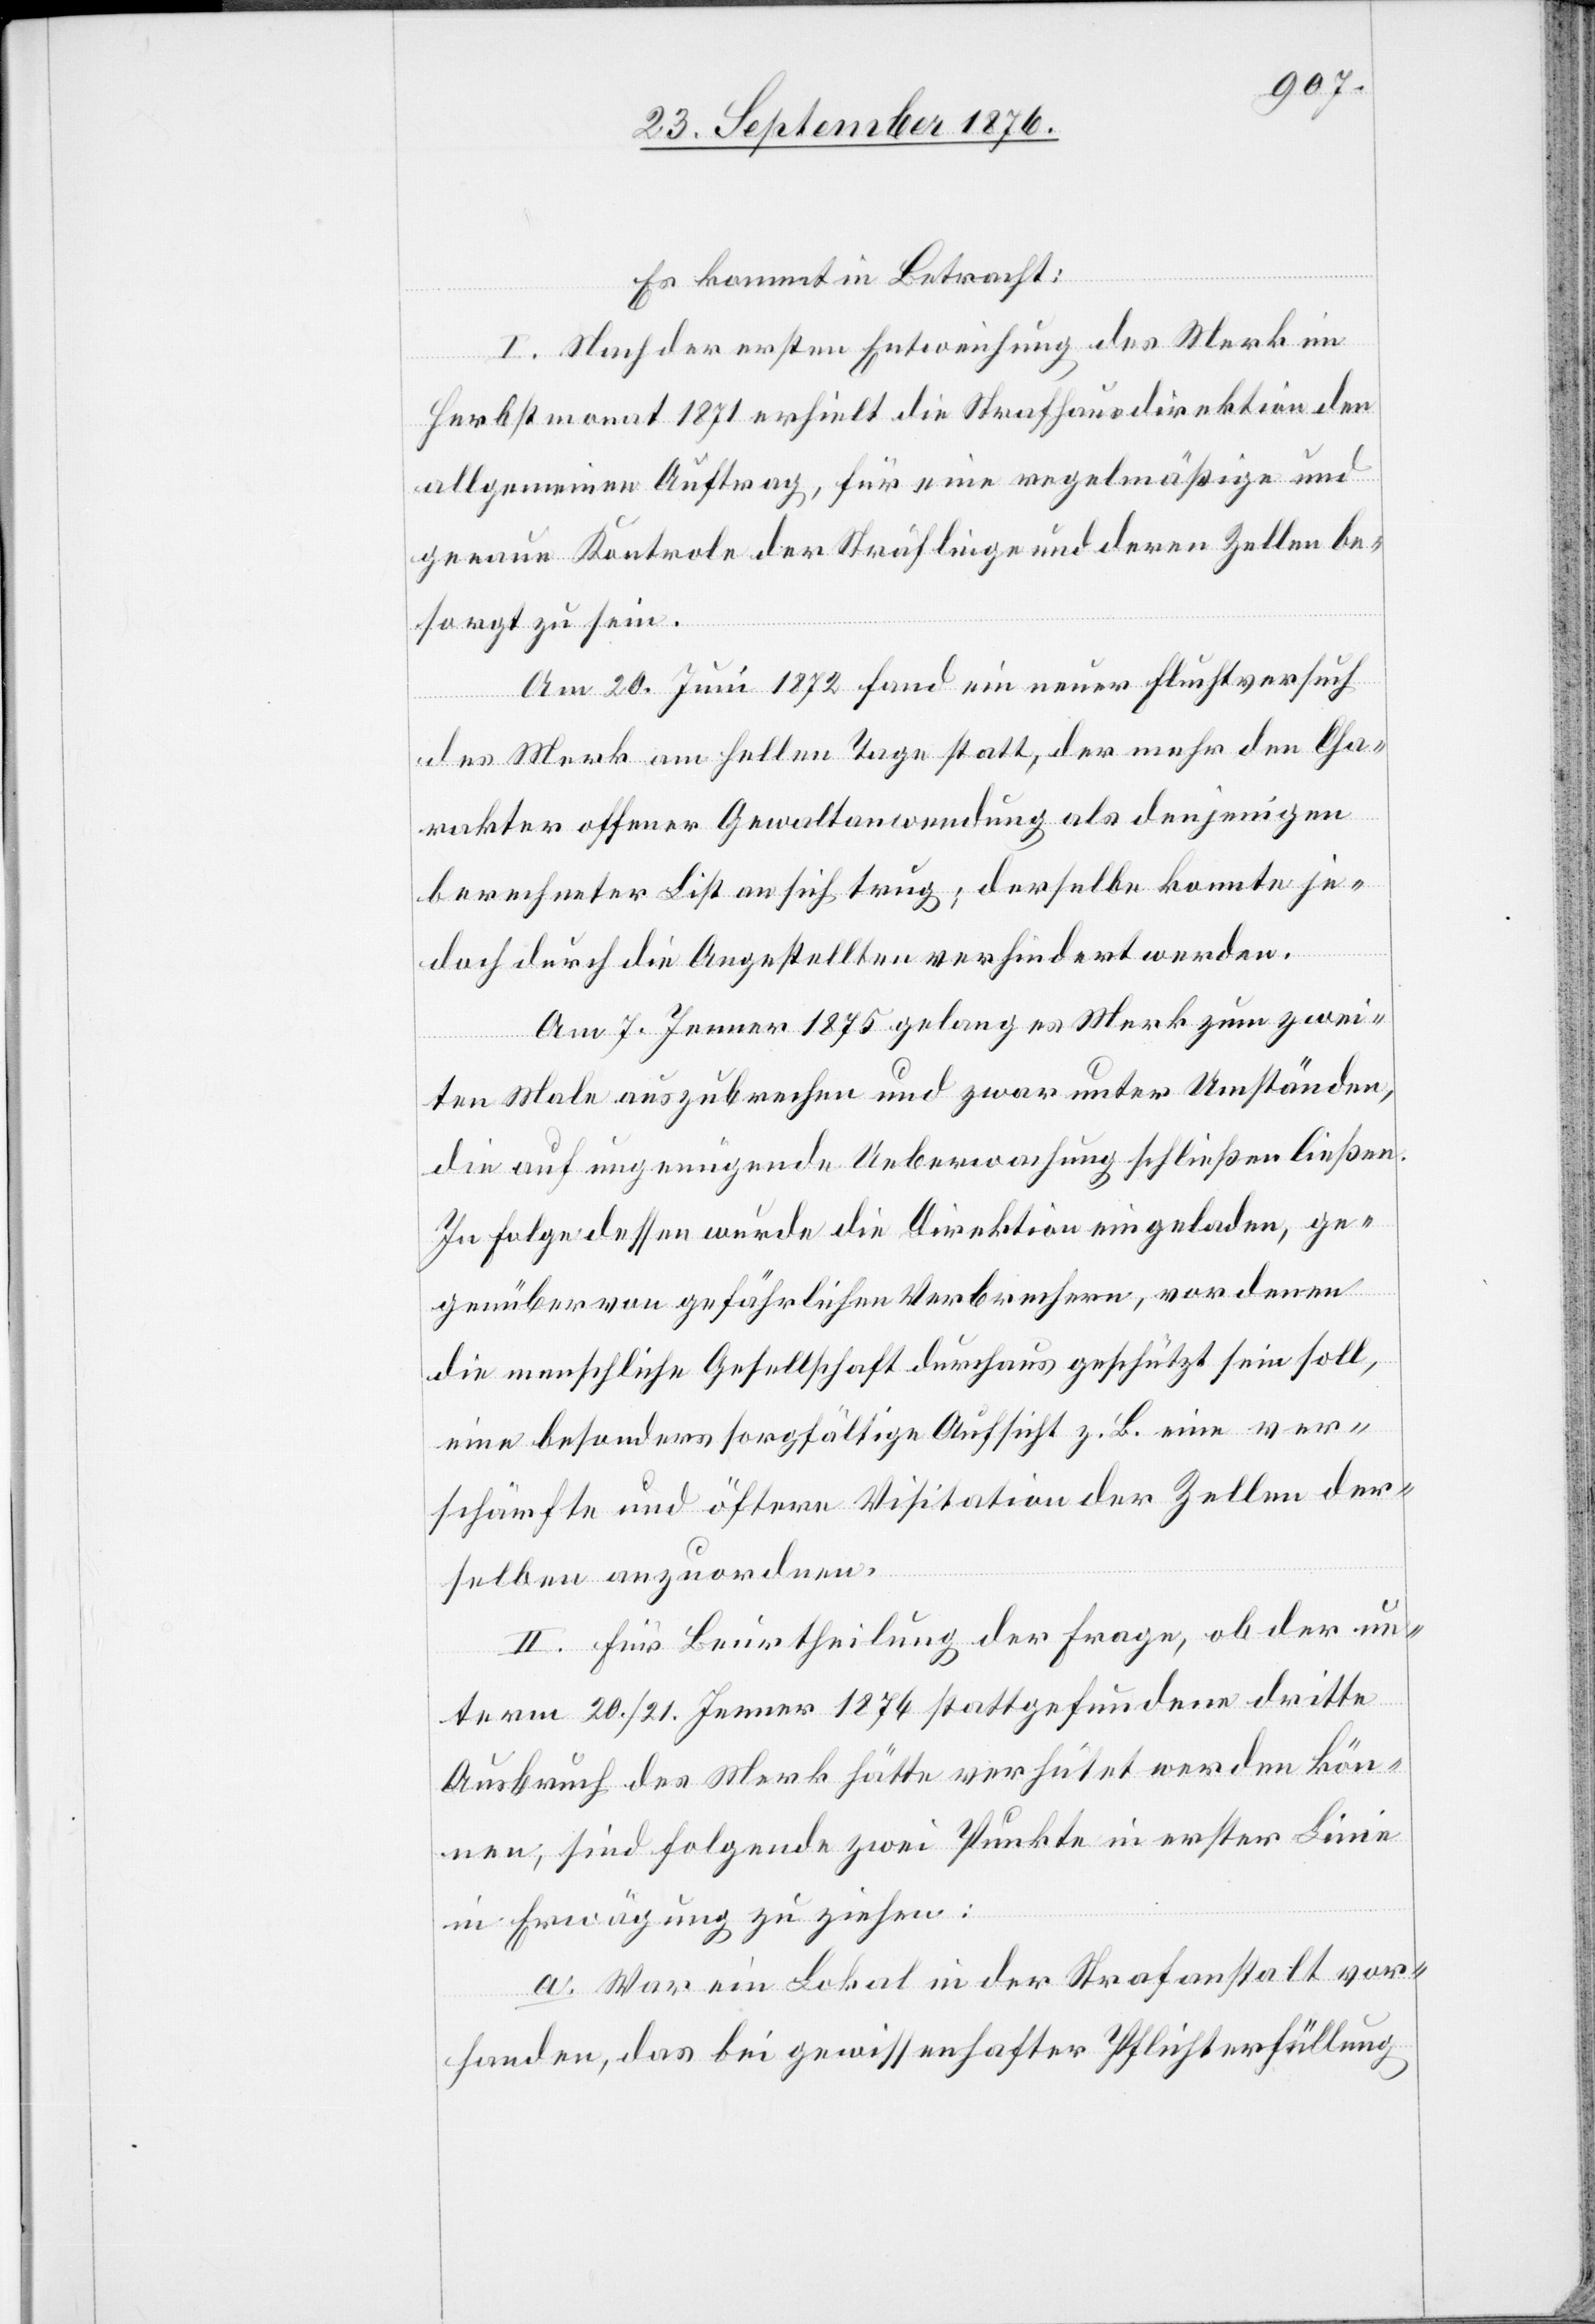
Es kommt in Betracht:
I. Nach der ersten Entweichung des Merk im
Herbstmonat 1871 erhielt die Strafhausdirektion den
allgemeinen Auftrag, für eine regelmäßige und
genaue Kontrole der Sträflinge und deren Zellen be¬
sorgt zu sein.
Am 20. Juni 1872 fand ein neuer Fluchtversuch
des Merk am hellen Tage statt, der mehr den Cha¬
rakter offener Gewaltanwendung als denjenigen
berechneter List an sich trug; derselbe konnte je¬
doch durch die Angestellten verhindert werden.
Am 7. Jenner 1875 gelang es Merk zum zwei¬
ten Male auszubrechen und zwar unter Umständen,
die auf ungenügende Ueberwachung schließen ließen.
In Folge dessen wurde die Direktion eingeladen, ge¬
genüber von gefährlichen Verbrechern, vor denen
die menschliche Gesellschaft durchaus geschützt sein soll,
eine besonders sorgfältige Aufsicht z. B. eine ver¬
schärfte und öftere Visitation der Zellen der¬
selben anzuordnen.
II. Für Beurtheilung der Frage, ob der un¬
term 20./21. Jenner 1876 stattgefundenen dritte
Ausbruch des Merk hätte verhütet werden kön¬
nen, sind folgende zwei Punkte in erster Linie
in Erwägung zu ziehen:
a. War ein Lokal in der Strafanstalt vor¬
handen, das bei gewissenhafter Pflichterfüllung